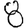
Digit: 8